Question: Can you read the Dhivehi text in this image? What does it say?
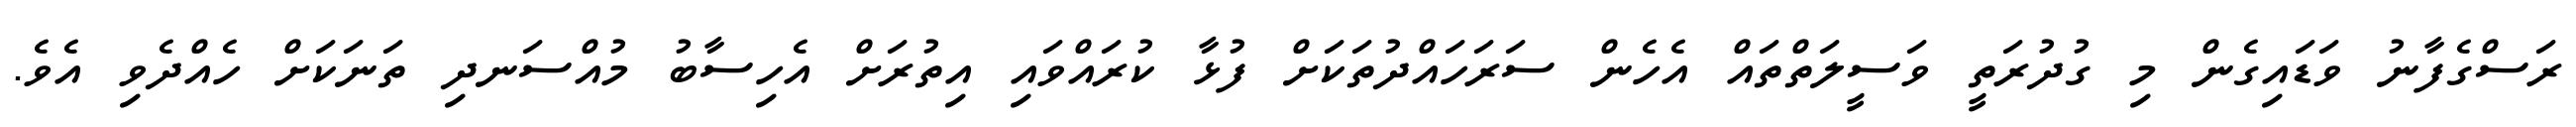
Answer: ރަސްގެފާނު ވަޑައިގެން މި ގުދުރަތީ ވަސީލަތްތައް އެހެން ސަރަހައްދުތަކަށް ފުޅާ ކުރައްވައި އިތުރަށް އެހިސާބު މުއްސަނދި ތަނަކަށް ހެއްދެވި އެވެ.